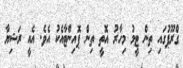
ގްރޫޕުގައި ތިން ޓީމު މިހާރު އޮތީ ތިން ޕޮއިންޓާއެކު އެވެ. އެއީ ރަޝިޔާ